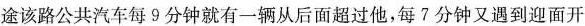
途该路公共汽车每9分钟就有一辆从后面超过他，每7分钟又遇到迎面开